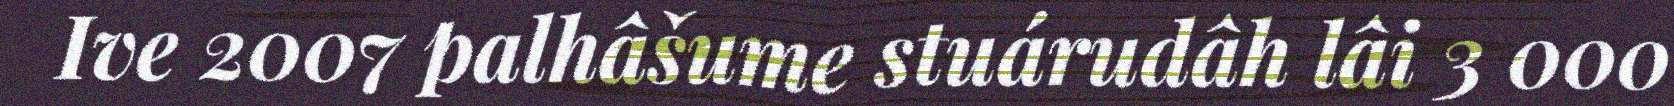
Ive 2007 palhâšume stuárudâh lâi 3 000